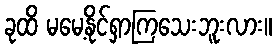
ခုထိ မမေ့နိုင်ရှာကြသေးဘူးလား။